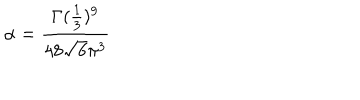
\alpha = \frac { \Gamma ( \frac { 1 } { 3 } ) ^ { 9 } } { 4 8 \sqrt { 6 } \pi ^ { 3 } }